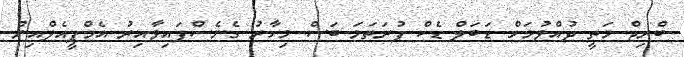
ބްރިޖް މަތީ ދުއްވުމަށް ޑަބަލް ޑެކް ފުރަތަމަ ބަސް މިހާރު ގެނެސްފައިވާއިރު އެމްޕީއެލްއިން